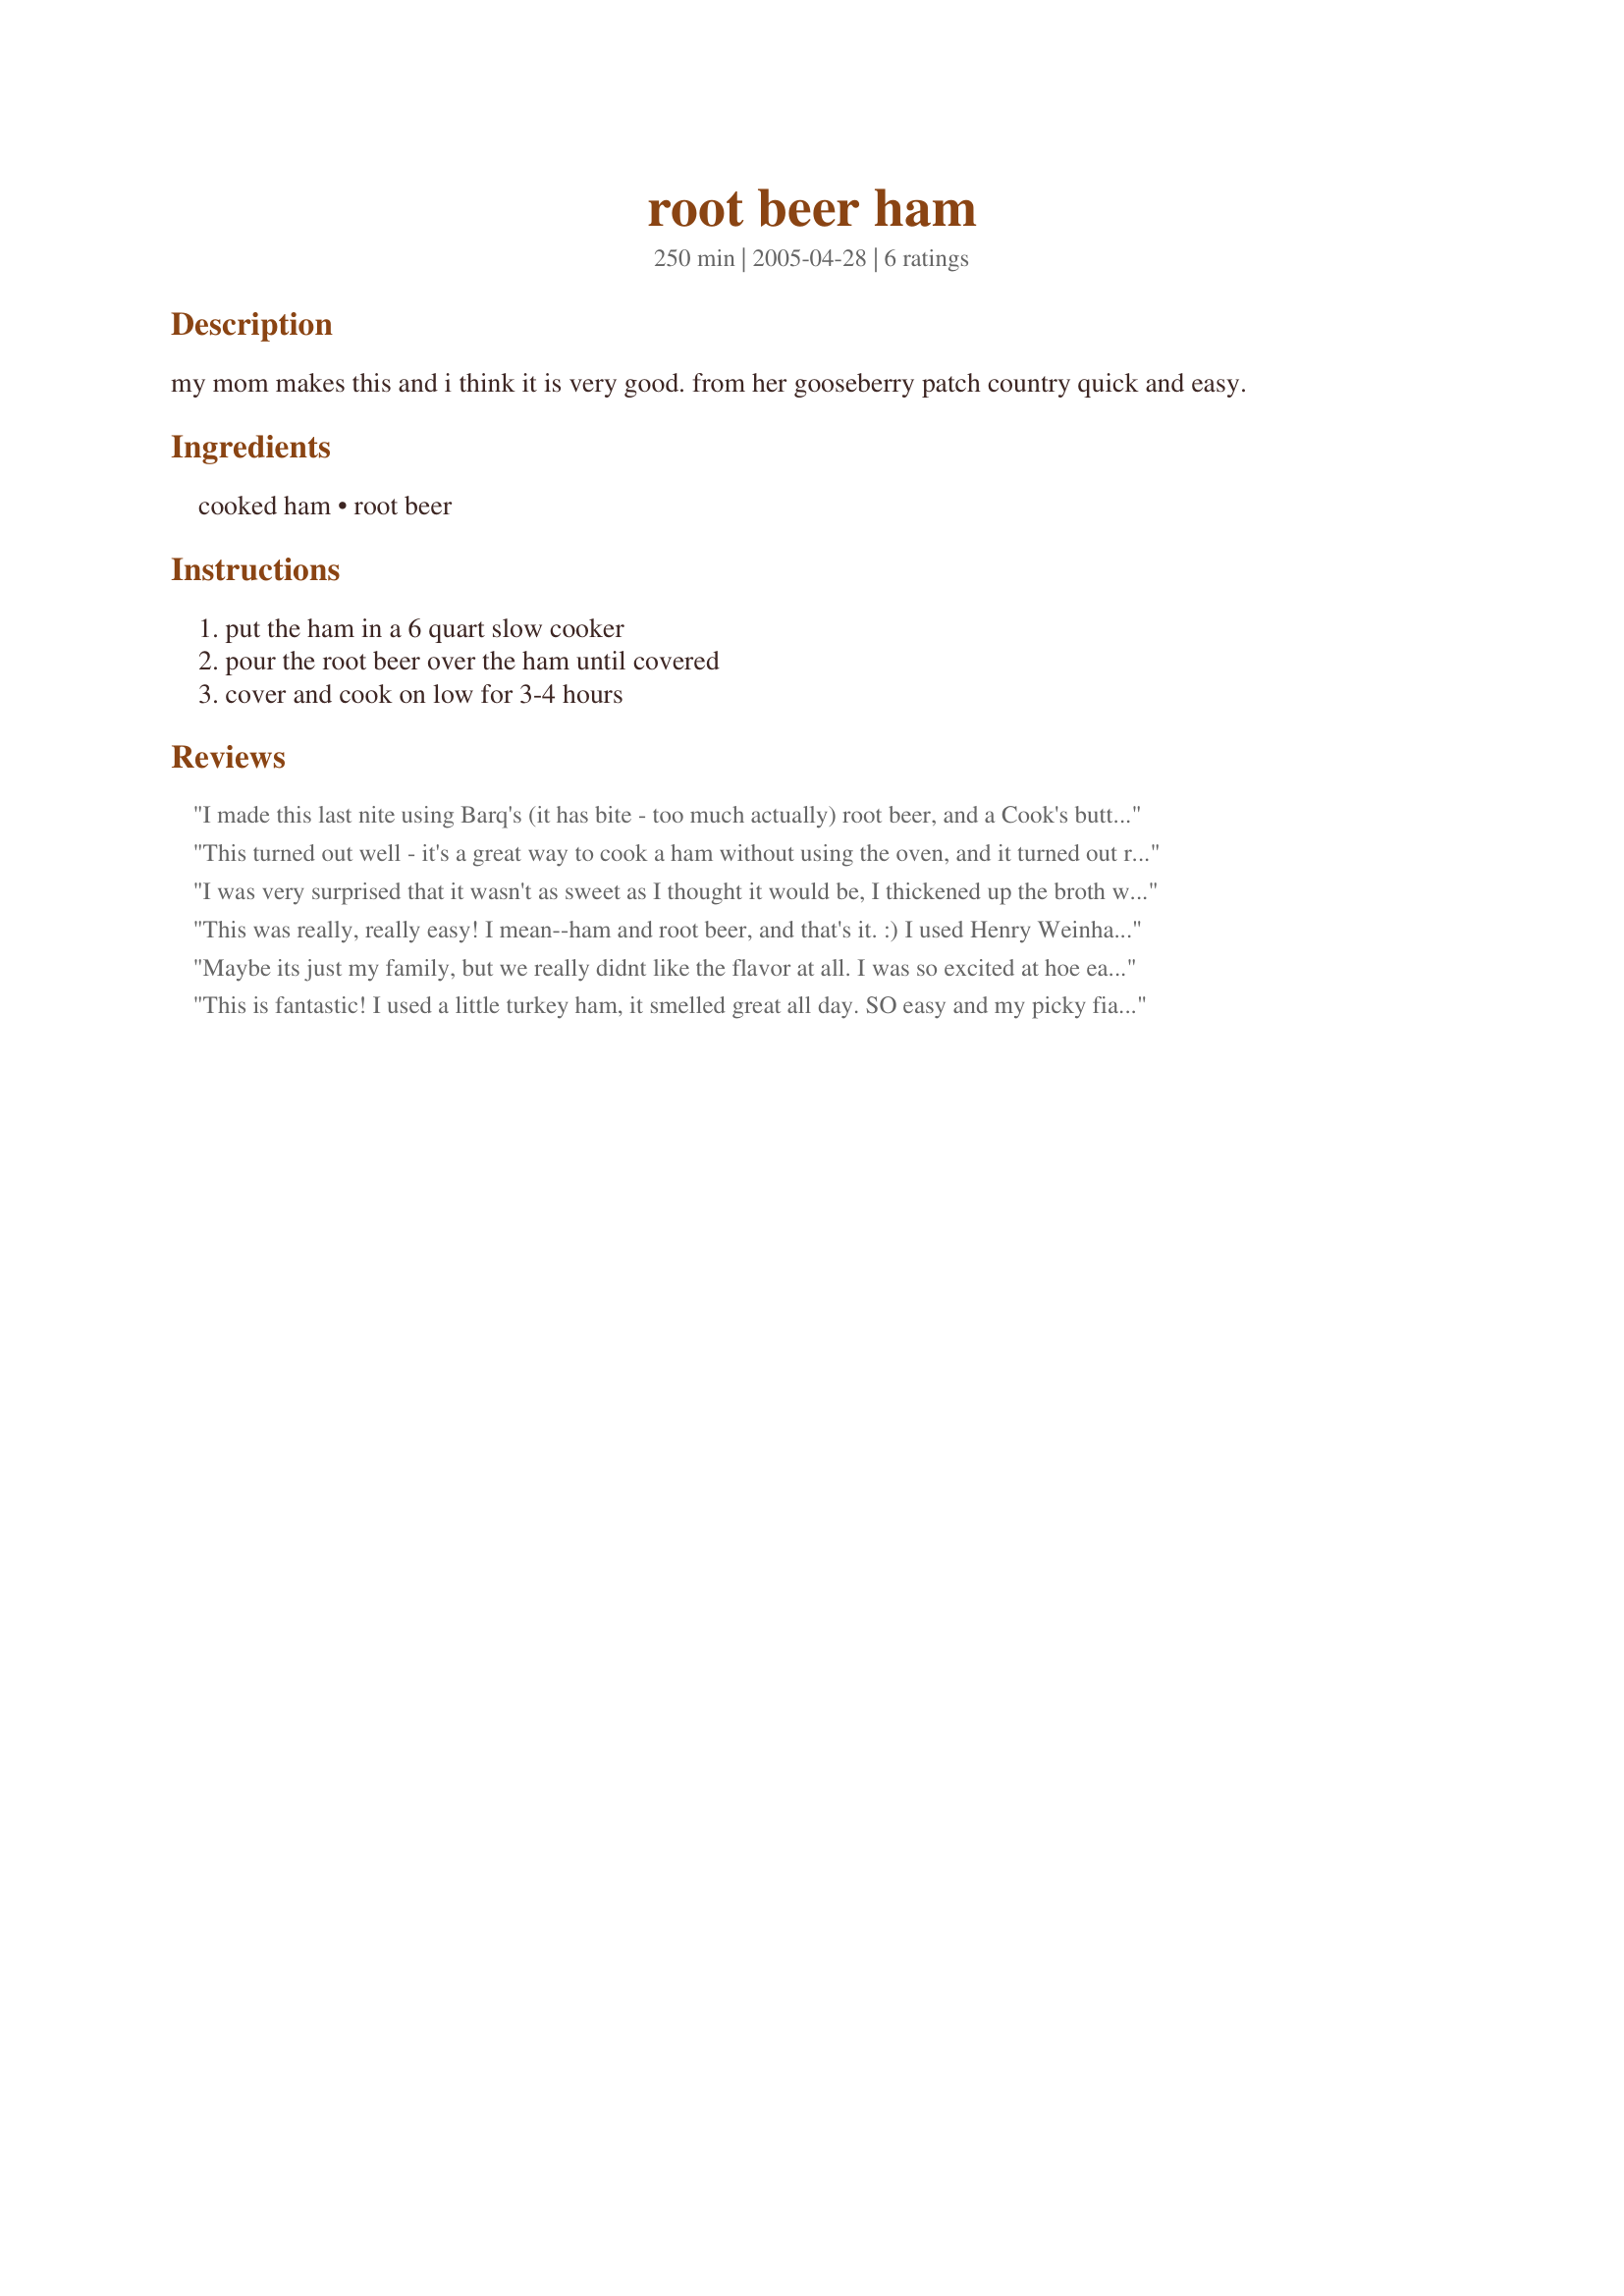
root beer ham
Preparation time: 250 minutes

my mom makes this and i think it is very good. from her gooseberry patch country quick and easy.

Ingredients:
cooked ham, root beer

Steps:
put the ham in a 6 quart slow cooker, pour the root beer over the ham until covered, cover and cook on low for 3-4 hours

Reviews:
I made this last nite using Barq's (it has bite - too much actually) root beer, and a Cook's butt portion ham. Since it was partially cooked, I put the cooker on High instead of Low, and it took 5 hours for about a 5-6 lb. ham. SOOO EASY!!! Turned out juicy and awesome tasting. Just think I'll use a different root beer next time, we really could taste it. OR, might even try it with ginger ale, with perhaps some pineapple slices on the bottom, cloves in ham. :9 But again, it was SO incredibly easy (just my style!) and easy cleanup too. :) I told my family I hope they don't get sick of ham (my fave), because I'm going to be making this often! The ONLY way to cook a ham, IMO. :)
This turned out well - it's a great way to cook a ham without using the oven, and it turned out really juicy. We were unable to taste the root beer, but it was still a good ham. It was easy to do and a quick clean up as well. Thank you!
I was very surprised that it wasn't as sweet as I thought it would be, I thickened up the broth w/cornstarch for a nice gravy.
Thank You NurseDi-
This was really, really easy! I mean--ham and root beer, and that's it. :) I used Henry Weinhardt's root beer, but I didn't cover the ham all the way (hey--it's expensive!). The ham still turned out flavorful and yummy. Thanks for the recipe!
Maybe its just my family, but we really didnt like the flavor at all. I was so excited at hoe easy it looked, and it souned so yummy. The ham turned out fine, The flavors were just not a good combo. I used shasta RB.
This is fantastic! I used a little turkey ham, it smelled great all day. SO easy and my picky fiance loved it too, thanks!
